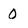
Character: 0